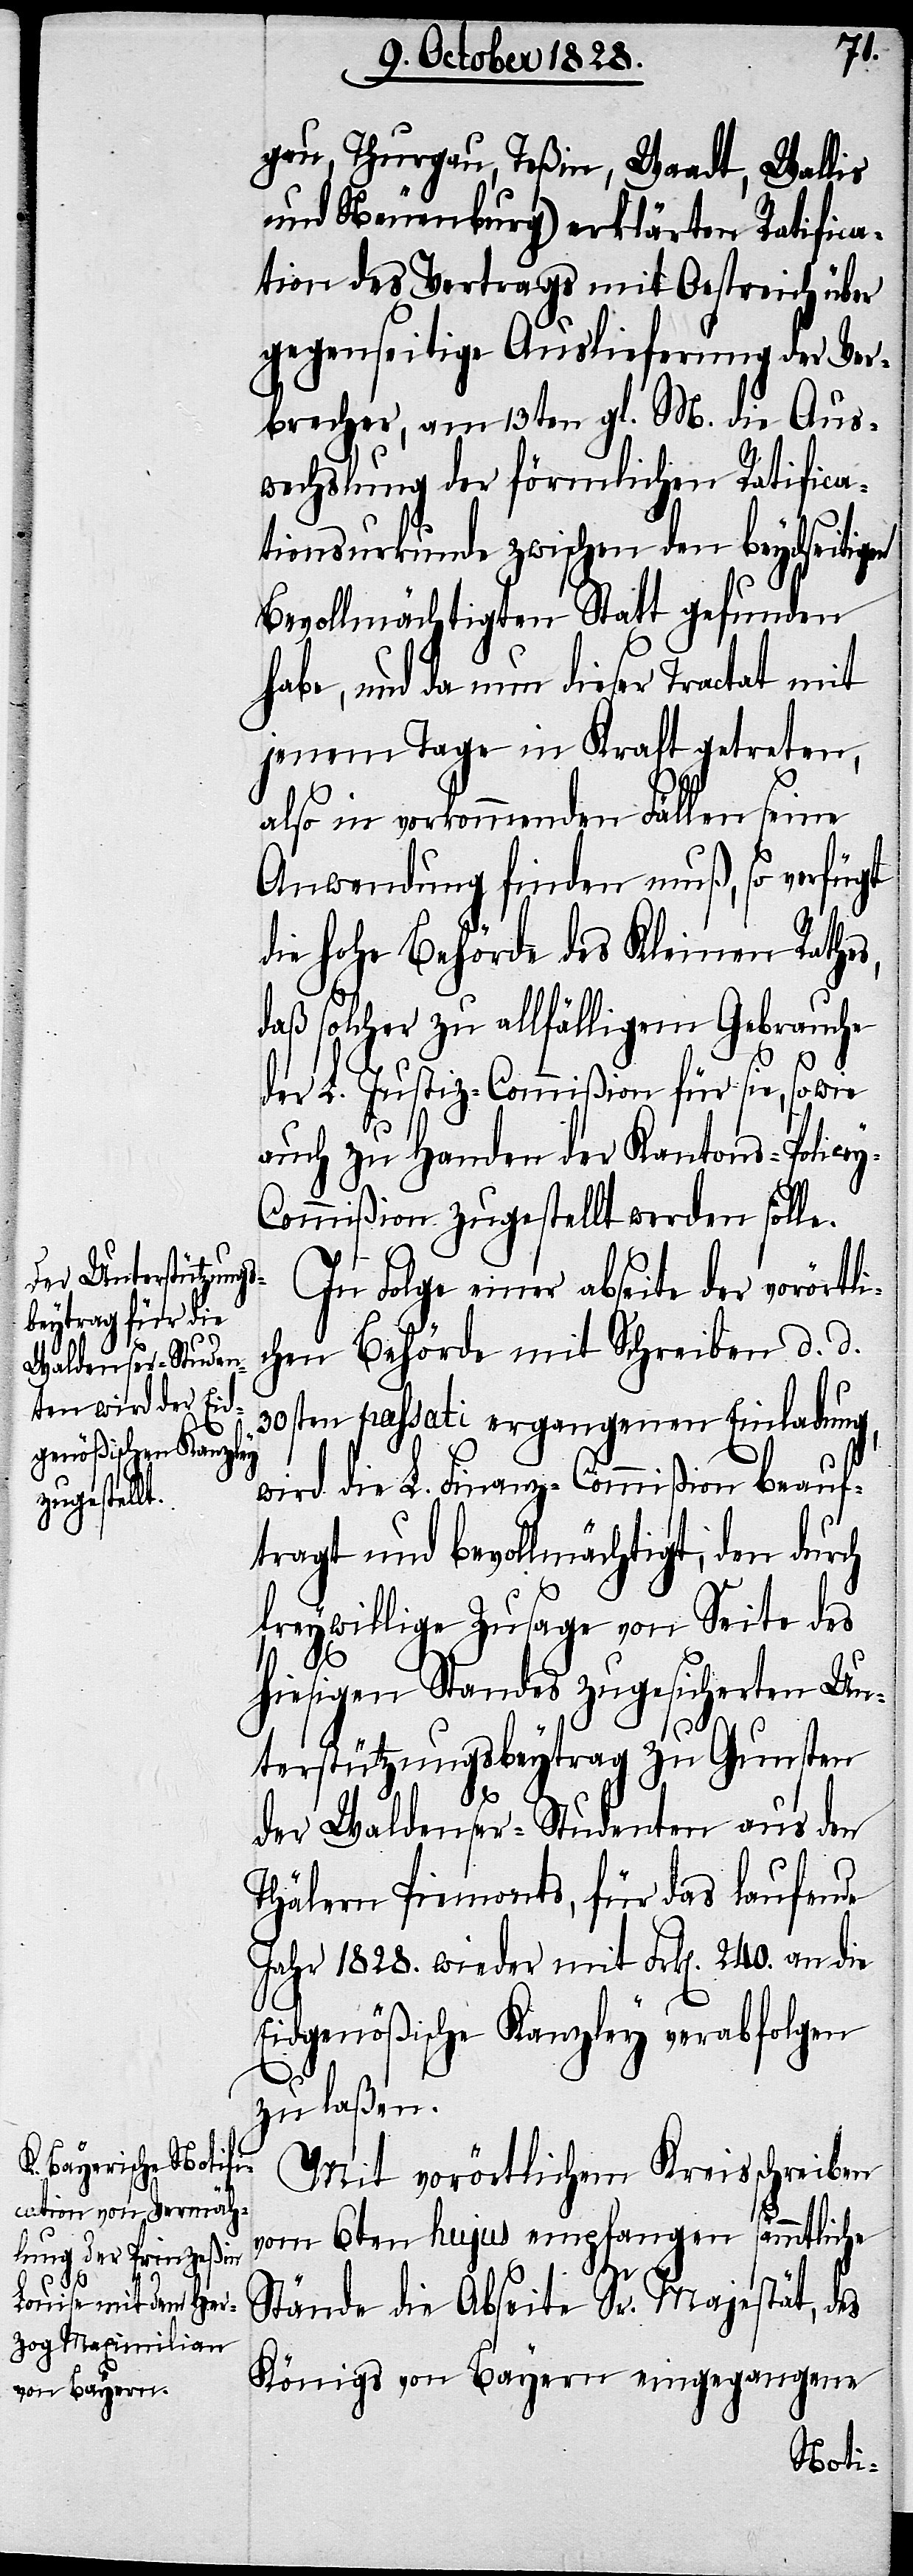
gau, Thurgau, Teßin, Waadt, Wallis
und Neuenburg) erklärten Ratifica¬
tion des Vertrags mit Oestreich über
gegenseitige Auslieferung der Ver¬
brecher, am 13ten gl. M. die Aus¬
wechslung der förmlichen Ratifica¬
tionsurkunde zwischen den beydseitigen
Bevollmächtigten Statt gefunden
habe, und da nun dieser Tractat mit
jenem Tage in Kraft getreten,
also in vorkommenden Fällen seine
Anwendung finden muß, so verfügt
die hohe Behörde des Kleinen Rathes,
daß solcher zu allfälligem Gebrauche
der L. Justiz-Commißion für sie, so wie
auch zu Handen der Kantons-Police¬
y-Commißion zugestellt werden solle.
In Folge einer abseite der vorörtli¬
chen Behörde mit Schreiben d. d.
30sten passati ergangenen Einladung,
wird die L. Finanz-Commißion beauf¬
tragt und bevollmächtigt, den durch
freywillige Zusage von Seite des
hiesigen Standes zugesicherten Un¬
terstützungsbeytrag zu Gunsten
der Waldenser-Studenten aus den
Thälern Piemonts, für das laufende
Jahr 1828. wieder mit Frk[en]. 240. an die
Eidgenößische Kanzley verabfolgen
zu laßen.
Mit vorörtlichem Kreisschreiben
vom 6ten hujus empfangen sämmtliche
Stände die Abseite Sr. Majestät, des
Königs von Bayern eingegangene